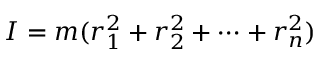
I = m ( r _ { 1 } ^ { 2 } + r _ { 2 } ^ { 2 } + \cdots + r _ { n } ^ { 2 } )